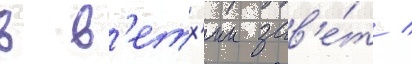
в в'етх'ии зав'е́т /